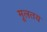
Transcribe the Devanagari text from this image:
मूलतय